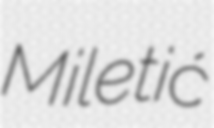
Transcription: Miletić